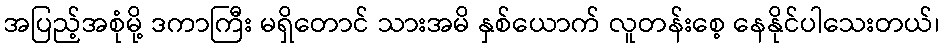
အပြည့်အစုံမို့ ဒကာကြီး မရှိတောင် သားအမိ နှစ်ယောက် လူတန်းစေ့ နေနိုင်ပါသေးတယ်၊